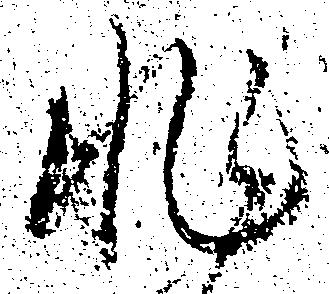
非